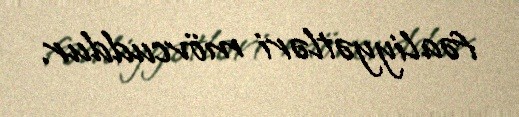
fəaliyyətləri mövcuddur.